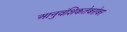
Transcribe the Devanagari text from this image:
आनुवंशिकतेबरोबर